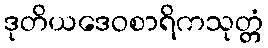
ဒုတိယဒေဝစာရိကသုတ္တံ